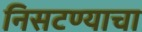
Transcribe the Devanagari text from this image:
निसटण्याचा